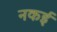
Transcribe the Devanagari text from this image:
नकई